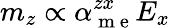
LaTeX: m_{z}\propto\alpha_{\mathrm{~m~e~}}^{zx}E_{x}